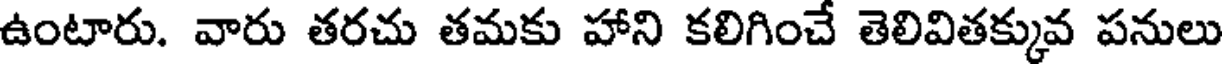
ఉంటారు. వారు తరచు తమకు హాని కలిగించే తెలివితక్కువ పనులు